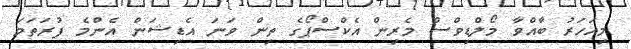
މިއަހަރު ބާއްވާ މޯލްޑިވްސް މެރިން އެކްސްޕޯގެ ތިން ވަނަ އެޑިޝަން އެންމެ ފުރަތަމަ